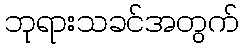
ဘုရားသခင်အတွက်